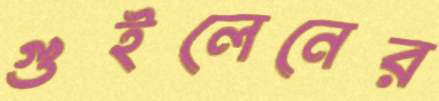
গুইলেনের